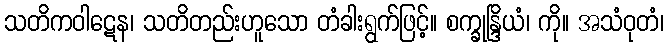
သတိကဝါဋေန၊ သတိတည်းဟူသော တံခါးရွက်ဖြင့်။ စက္ခုန္ဒြိယံ၊ ကို။ အသံဝုတံ၊